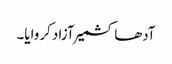
آدھا کشمیر آزاد کروایا۔